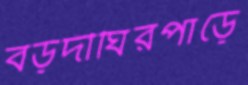
বড়দীঘিরপাড়ে